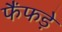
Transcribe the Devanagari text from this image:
फैंफड़े